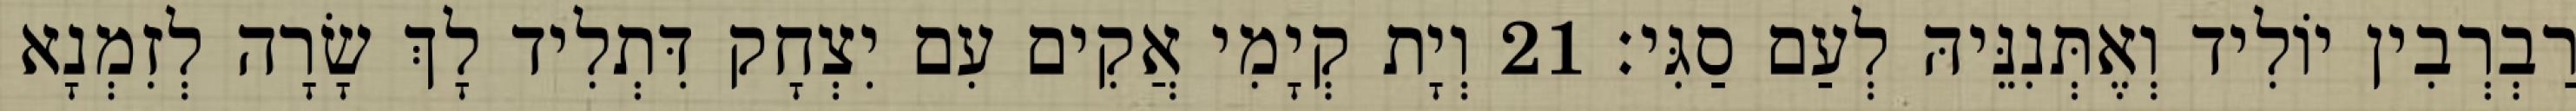
רַבְרְבִין יוֹלִיד וְאֶתְּנִנֵּיהּ לְעַם סַגִּי׃ 21 וְיָת קְיָמִי אֲקִים עִם יִצְחָק דִּתְלִיד לָךְ שָׂרָה לְזִמְנָא